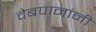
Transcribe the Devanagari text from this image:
वेबपानांनी